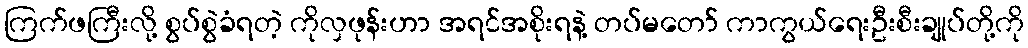
ကြက်ဖကြီးလို့ စွပ်စွဲခံရတဲ့ ကိုလှဖုန်းဟာ အရင်အစိုးရနဲ့ တပ်မတော် ကာကွယ်ရေးဦးစီးချုပ်တို့ကို